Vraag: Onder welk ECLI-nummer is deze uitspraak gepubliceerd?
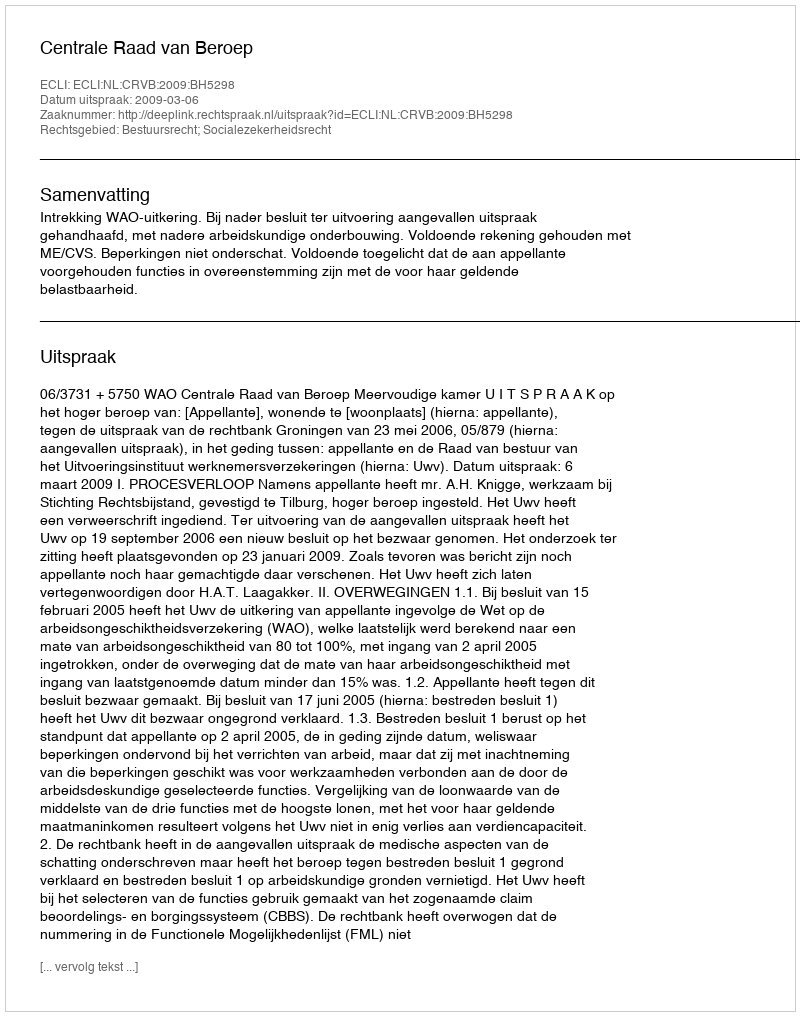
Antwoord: ECLI:NL:CRVB:2009:BH5298